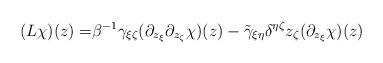
LaTeX: \begin{align*}(L\chi)(z)=&\beta^{-1} \gamma_{\xi\zeta}(\partial_{z_\xi}\partial_{z_\zeta}\chi)(z)-\tilde\gamma_{\xi\eta}\delta^{\eta\zeta}z_\zeta(\partial_{z_\xi}\chi)(z)\end{align*}